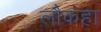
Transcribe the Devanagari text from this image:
लौकहा